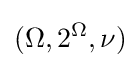
(\Omega ,2^{\Omega },\nu )